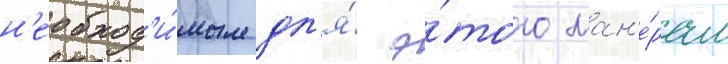
н'еобход'и́мым дл'я́ э́того ман'е́рам